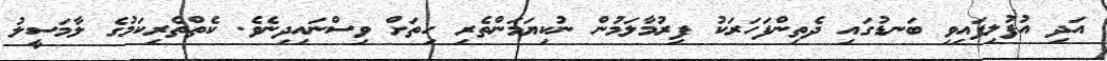
އަދި އުފުލިފައިވި ބަނޑުގައި ދެތިންފަހަރަކު ފިރުމާލަމުން ނުކިޔަމަންތެރި ހިތަށް ވިސްނައިދިނެވެ. ކެތްތެރިކަމުގެ ލާމަސީލު